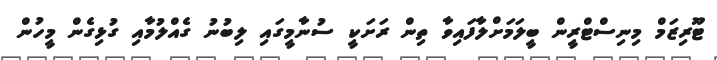
ޓޫރިޒަމް މިނިސްޓްރީން ބީލަމަށްލާފައިވާ ތިން ރަށަކީ ސުނާމީގައި ލިބުނު ގެއްލުމާއި ގުޅިގެން މީހުން